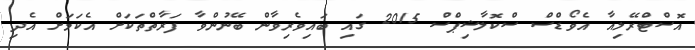
އޮސްޓްރޭލިއާ އެވޯޑްސް ސްކޮލާޝިޕްސް 2015 ގައި ބައިވެރިވާން ބޭނުންވާ ފަރާތްތަކަށް އެކަމަށް އެދި